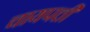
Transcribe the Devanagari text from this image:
चायपत्ती